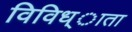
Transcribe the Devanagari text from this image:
विविध्ाता